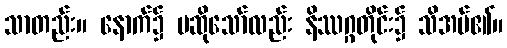
သာတည်း။ နောက်၌ မဆိုသော်လည်း နိဿဂ္ဂတိုင်း၌ သိအပ်၏။